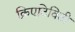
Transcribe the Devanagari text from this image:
क्रिएटिविटी